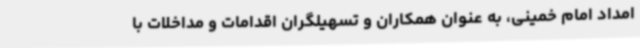
امداد امام خمینی، به عنوان همکاران و تسهیلگران اقدامات و مداخلات با